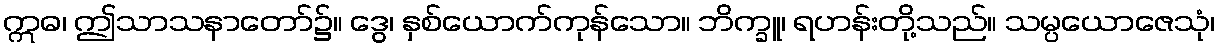
ဣဓ၊ ဤသာသနာတော်၌။ ဒွေ၊ နှစ်ယောက်ကုန်သော။ ဘိက္ခူ၊ ရဟန်းတို့သည်။ သမ္ပယောဇေသုံ၊